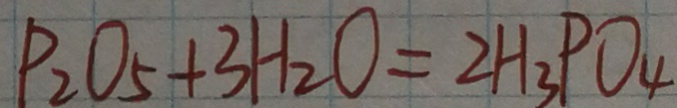
P _ { 2 } O _ { 5 } + 3 H _ { 2 } O = 2 H _ { 3 } P O _ { 4 }